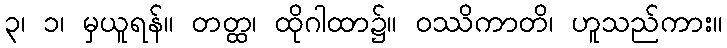
၃၊ ၁၊ မှယူရန်။ တတ္ထ၊ ထိုဂါထာ၌။ ဝဿိကာတိ၊ ဟူသည်ကား။